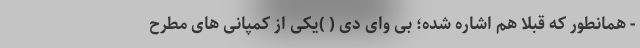
- همانطور که قبلا هم اشاره شده؛ بی وای دی ( )یکی از کمپانی های مطرح